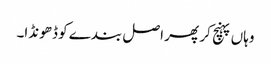
وہاں پہنچ کر پھر اصل بندے کو ڈھونڈا۔